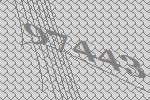
97443